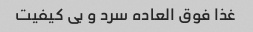
غذا فوق العاده سرد و بی کیفیت